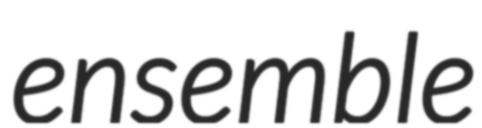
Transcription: ensemble